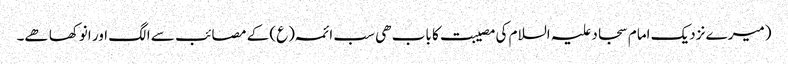
(میرے نزدیک امام سجاد علیہ السلام کی مصیبت کا باب ھی سب ائمہ (ع) کے مصائب سے الگ اور انوکھا ھے۔